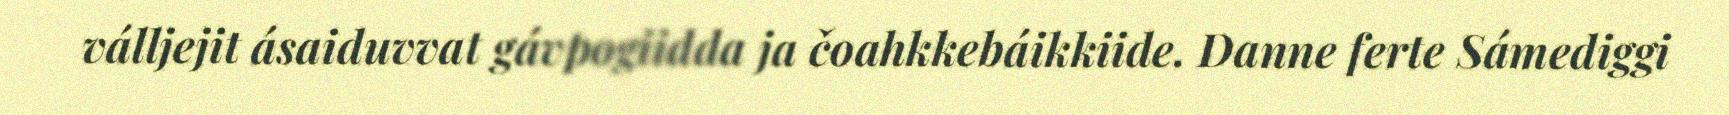
válljejit ásaiduvvat gávpogiidda ja čoahkkebáikkiide. Danne ferte Sámediggi